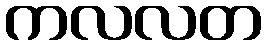
ကလလတ